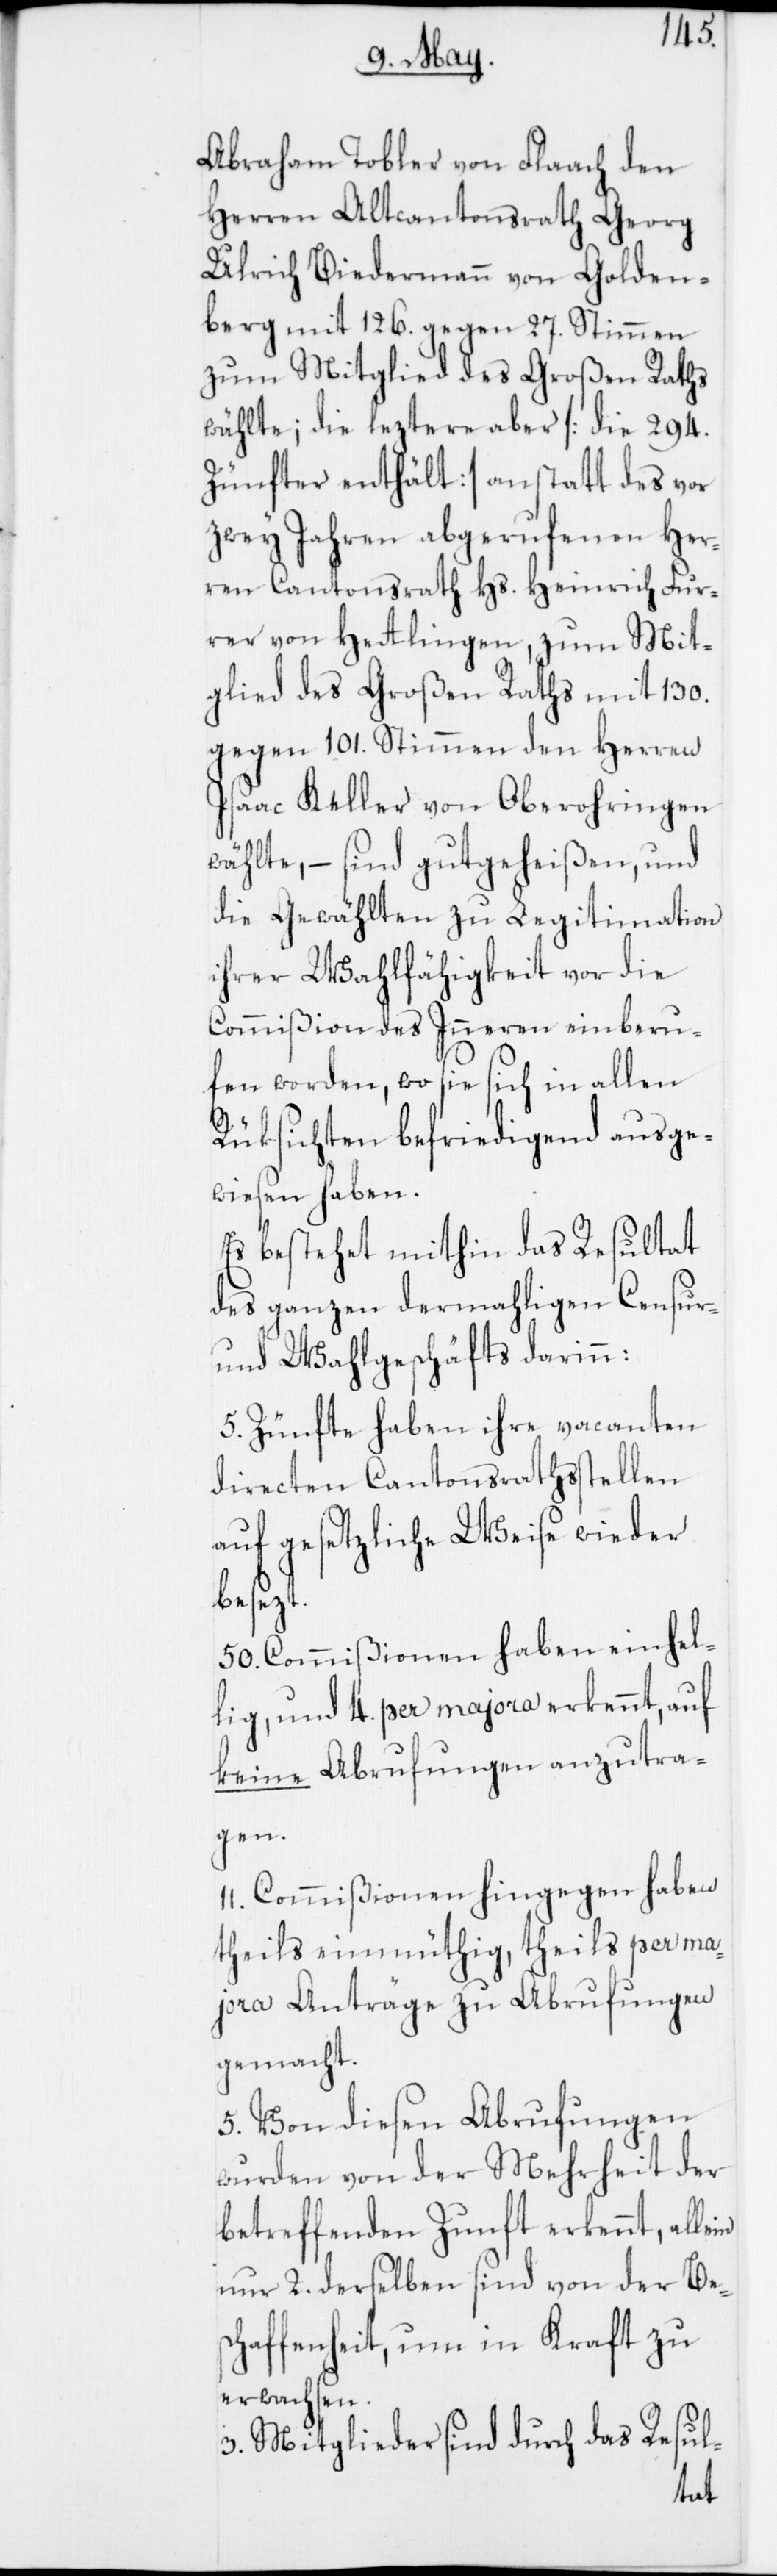
Abraham Tobler von Flaach, den
Herren Altcantonsrath Georg
Ulrich Biedermann von Golden¬
berg mit 126. gegen 27. Stimmen
zum Mitglied des Großen Raths
wählte; die leztere aber [die 294.
Zünfter enthält] anstatt des vor
zwey Jahren abgerufenen Her¬
ren Cantonsrath Hs. Heinrich Fur¬
rer von Hetlingen, zum Mit¬
glied des Großen Raths mit 130.
gegen 101. Stimmen den Herren
Isaac Keller von Oberohringen
wählte, – sind gutgeheißen, und
die Gewählten zu Legitimation
ihrer Wahlfähigkeit vor die
Commißion des Inneren einberu¬
fen worden, wo sie sich in allen
Rüksichten befriedigend ausge¬
wiesen haben.
Es bestehet mithin das Resultat
des ganzen dermahligen Censur-
und Wahlgeschäfts darinn:
5. Zünfte haben ihre vacanten
directen Cantonsrathsstellen
auf gesetzliche Weise wieder
besezt.
50. Commißionen haben einhel¬
lig, und 4. per majora erkennt, auf
keine Abrufungen anzutra¬
gen.
11. Commißionen hingegen haben
theils einmüthig, theils per ma¬
jora Anträge zu Abrufungen
gemacht.
Von [sic!] diesen Abrufungen
wurden von der Mehrheit der
betreffenden Zunft erkennt, allein
nur 2. derselben sind von der Be¬
schaffenheit, um in Kraft zu
erwachsen.
3. Mitglieder sind durch das Resul-